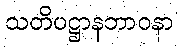
သတိပဋ္ဌာနဘာဝနာ